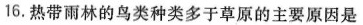
16. 热带雨林的鸟类种类多于草原的主要原因是